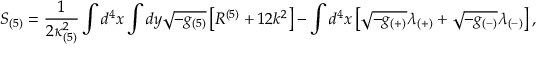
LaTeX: S _ { ( 5 ) } = \frac { 1 } { 2 \kappa _ { ( 5 ) } ^ { 2 } } \int d ^ { 4 } x \int d y \sqrt { - g _ { ( 5 ) } } \left[ R ^ { ( 5 ) } + 1 2 k ^ { 2 } \right] - \int d ^ { 4 } x \left[ \sqrt { - g _ { ( + ) } } \lambda _ { ( + ) } + \sqrt { - g _ { ( - ) } } \lambda _ { ( - ) } \right] ,